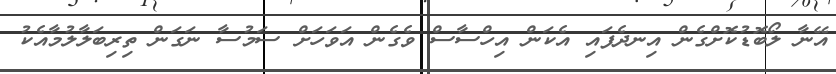
އޭނާ ލޯބޮޑުކޮށްގެން އިނދެފައި އެކަން އިހްސާސް ވެގެން އަވަހަށް ސަމުސާ ނަގަން ތިރިބަލާލުމާއެކު